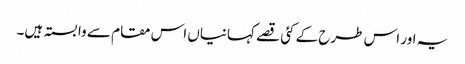
یہ اور اس طرح کے کئی قصے کہانیاں اس مقام سے وابستہ ہیں۔